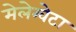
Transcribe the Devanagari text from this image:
मेलेग्वेटा